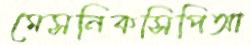
মেসনিকসিপিআ